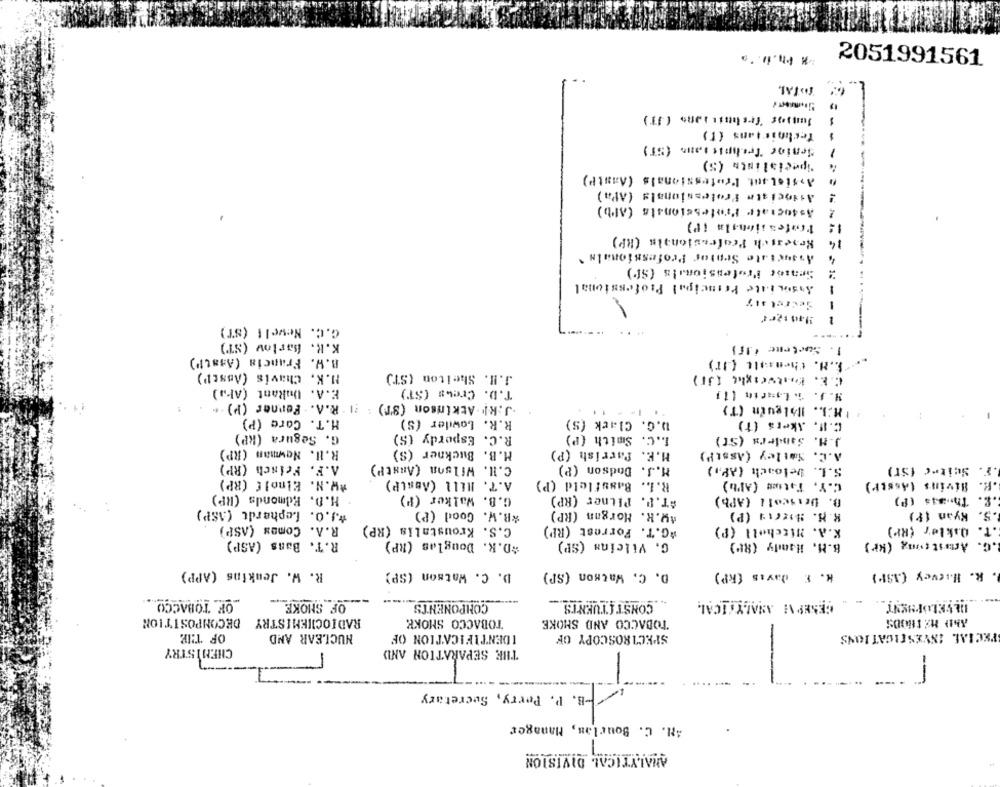
2051991561
TOTAL
-
Senior Trabpit sans (ST)
-
Specialista (5)
Assistant Professionals (AastP)
Associate Professionals (APa)
Associate Professionals (AI'b)
Professionala ip)
Renesich Professionals (RP)
14
Associate Seotor Professionals *
Senior Profession!s (SP)
Associate Principal Professional
G.C. Nevelt (ST)
---
K.R. Barlow (ST)
1. Swotene ilf}
B.W. Francia (Asst"')
.E.M. thensalt (IT)
M.K. Chavis (ABstP')
J.H. Shelton (ST)
C.E. butweight (31)
E.A. DuRant (AFa)
T.D. Crews (ST)
J.KI Atkinson (ST) : 21 R.A. Ferner (P) .+
. IM:L .. Holguin (T)
H.T. Core (P)
R.R. Lowder (S)
w.G. Clark (S)
C.M. Akers (T)
G. Segura (KP)
R.C. Espordy (S)
L.C. Smith (P)
J.M. Sanders (St)
R.H. Nowmam (RP)
M.B. Buckner (S)
H.E. Parrish (P)
A.C. Satley (Asst")
Wilson (AnstP)
A.F. Frinch (RP)
c.H.
M.J. Dodson (P)
S.L. Veloach (API)
F. Seiter (sr)
#W.N. Einolf (RP)
Mill (ABstP)
A.T.
R.L. Bassfleld (P)
C.Y. Fatos (Al'b)
.R. Rivins (Asser)
H.D. Edmonds (RP)
G.B. Walker (P)
#T.P. Pliner (RP)
B. Driscoll (APb)
.S. Thomas (P)
*J.O. Lephardt (ASP)
*B.W. Good (P)
#W.R. Morgan (RP)
R.M. #I(II (P)
.5. Kyan 1?)
R.A. Comes (ASP)
C.S. Kroustalis (RP)
*G.T. Forrest (RP)
K.A. Mitchell (P)
.T. Oukler (RF)
R.T. Bans (ASP)
#D.R. Douglas (RP)
G. Vilcina (SP)
B.M. Handy (8P)
.G. Actastrong (kr)
R. W. Jenkins (APP)
D. C. Watson (SP)
D. C. Watson (SP)
H. E davis (RP)
R. Harvey (ASP)
OF SMOKE
OF TOBACCO
COMPONENTS
CONSTITUENTS
DEVELOPMENT
RADIOCHEMISTRY DECOMPOSITION
TOBACCO SMOKE
TOBACCO AND SMOKE
AND HE CHOOS
OF THIR
NUCLEAR AND
IDENTIFICATION OF
SPECTROSCOPY OF
PECIAL INVESTIGATIONS
CHEMISTRY
THE SEPARATION AND
---- 7
-
B. P. Perry, Secretary
--
AH. C. Bourlas, Manager
ANALYTICAL DIVISION